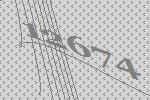
12674